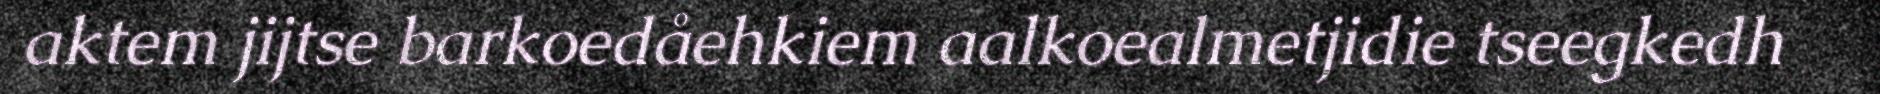
aktem jijtse barkoedåehkiem aalkoealmetjidie tseegkedh